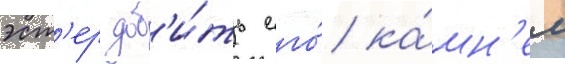
эст'ер доб'и́ть его́ ка́мн'ем